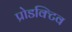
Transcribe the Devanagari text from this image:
प्रोडक्टिव